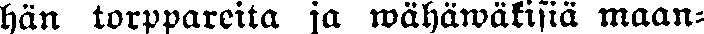
han torppareita ja wähäwäkisiä maan-